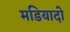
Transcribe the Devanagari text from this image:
मडियादो